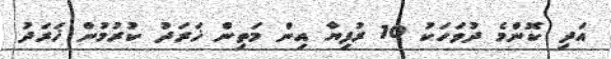
އަދި ކޮންމެ ދުވަހަކު 10 ރުފިޔާ އިން މަތިން ޚަރަދު ކުރުމުން ޚަރަދު